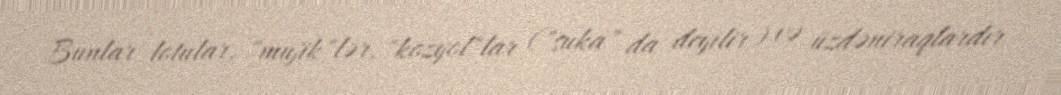
Bunlar lotular, "mujik"lər, "kozyol"lar ("suka" da deyilir) və üzdəniraqlardır